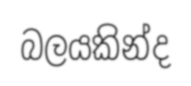
බලයකින්ද